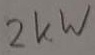
Text: 2KW